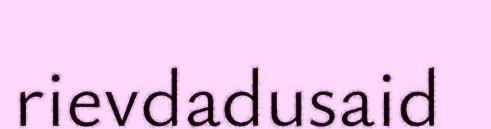
rievdadusaid